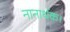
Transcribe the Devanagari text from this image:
नानार्थक।